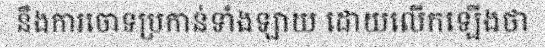
នឹងការចោទប្រកាន់ទាំងឡាយ ដោយលើកឡើងថា